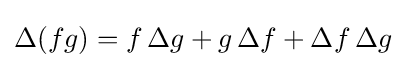
\Delta (fg)=f\,\Delta g+g\,\Delta f+\Delta f\,\Delta g